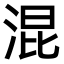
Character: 混